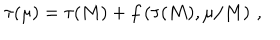
LaTeX: \tau ( \mu ) = \tau ( M ) + f \left( \tau ( M ) , \mu / M \right) \, ,